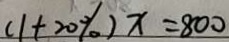
( 1 + 2 0 \% ) x = 8 0 0